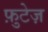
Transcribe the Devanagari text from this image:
फ़ुटेज़